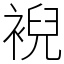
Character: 䘽